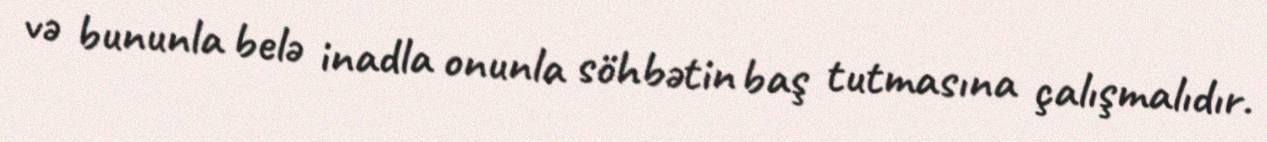
və bununla belə inadla onunla söhbətin baş tutmasına çalışmalıdır.